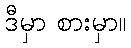
ဒီမှာ စားမှာ။